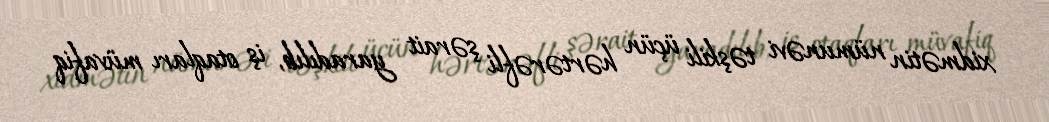
xidmətin nümunəvi təşkili üçün hərtərəfli şərait yaradılıb, iş otaqları müvafiq